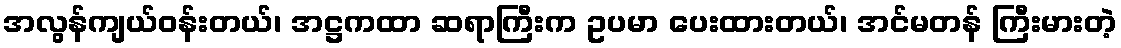
အလွန်ကျယ်ဝန်းတယ်၊ အဋ္ဌကထာ ဆရာကြီးက ဥပမာ ပေးထားတယ်၊ အင်မတန် ကြီးမားတဲ့